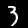
Label: 3